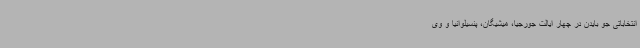
انتخاباتی جو بایدن در چهار ایالت جورجیا، میشیگان، پنسیلوانیا و وی